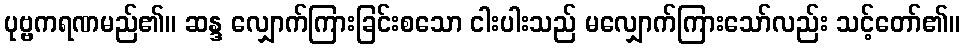
ပုဗ္ဗကရဏမည်၏။ ဆန္ဒ လျှောက်ကြားခြင်းစသော ငါးပါးသည် မလျှောက်ကြားသော်လည်း သင့်တော်၏။